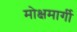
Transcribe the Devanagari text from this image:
मोक्षमार्गी